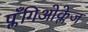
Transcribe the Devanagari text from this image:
प्लँगिओक्लेज